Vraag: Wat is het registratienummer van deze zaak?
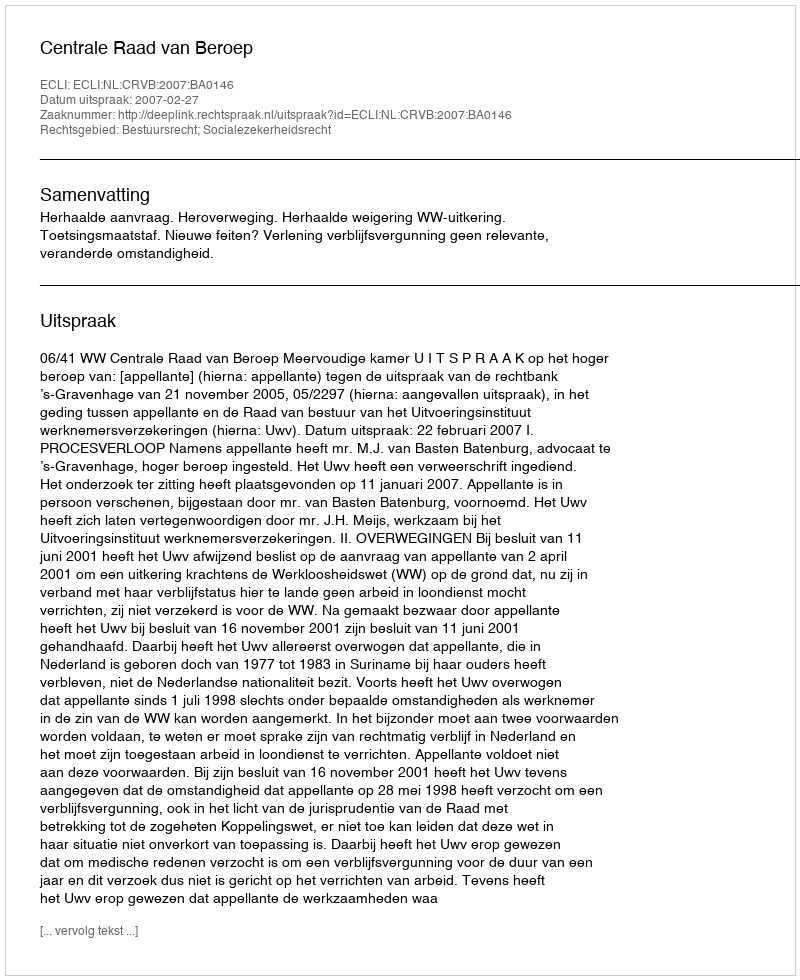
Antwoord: http://deeplink.rechtspraak.nl/uitspraak?id=ECLI:NL:CRVB:2007:BA0146